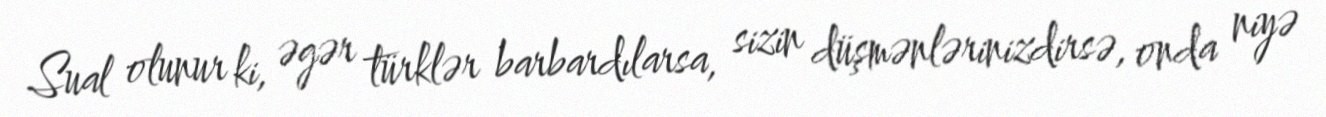
Sual olunur ki, əgər türklər barbardılarsa, sizin düşmənlərinizdirsə, onda niyə